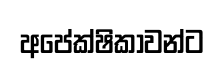
අපේක්ෂිකාවන්ට